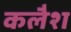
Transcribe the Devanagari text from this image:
कलैश